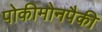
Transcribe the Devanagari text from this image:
पोकीमोनपैकी